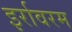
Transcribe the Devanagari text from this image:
इर्रावरम